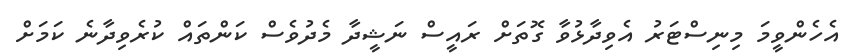
އެހެންވީމަ މިނިސްޓަރު އެވިދާޅުވާ ގޮތަށް ރައީސް ނަޝީދާ މެދުވެސް ކަންތައް ކުރެވިދާނެ ކަމަށް